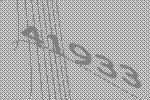
41933